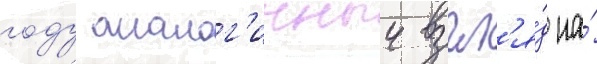
году аналог'ичныи взгл'я́д на́